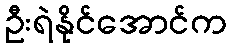
ဦးရဲနိုင်အောင်က